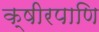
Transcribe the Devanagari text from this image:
क्षीरपाणि